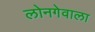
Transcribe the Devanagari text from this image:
लोनगेवाला